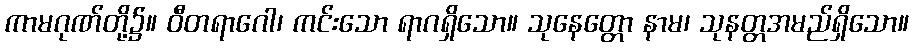
ကာမဂုဏ်တို့၌။ ဝီတရာဂေါ၊ ကင်းသော ရာဂရှိသော။ သုနေတ္တော နာမ၊ သုနတ္တအမည်ရှိသော။